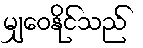
မျှဝေနိုင်သည်